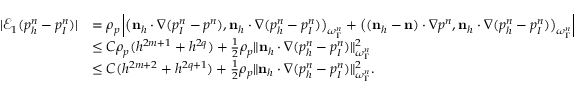
\begin{array} { r l } { | \mathcal { E } _ { 1 } ( p _ { h } ^ { n } - p _ { I } ^ { n } ) | } & { = \rho _ { p } \left| \big ( \mathbf n _ { h } \cdot \nabla ( p _ { I } ^ { n } - p ^ { n } ) , \mathbf n _ { h } \cdot \nabla ( p _ { h } ^ { n } - p _ { I } ^ { n } ) \big ) _ { \omega _ { \Gamma } ^ { n } } + \big ( ( \mathbf n _ { h } - \mathbf n ) \cdot \nabla p ^ { n } , \mathbf n _ { h } \cdot \nabla ( p _ { h } ^ { n } - p _ { I } ^ { n } ) \big ) _ { \omega _ { \Gamma } ^ { n } } \right| } \\ & { \leq C \rho _ { p } ( h ^ { 2 m + 1 } + h ^ { 2 q } ) + \frac 1 2 \rho _ { p } \| \mathbf n _ { h } \cdot \nabla ( p _ { h } ^ { n } - p _ { I } ^ { n } ) \| _ { \omega _ { \Gamma } ^ { n } } ^ { 2 } } \\ & { \leq C ( h ^ { 2 m + 2 } + h ^ { 2 q + 1 } ) + \frac 1 2 \rho _ { p } \| \mathbf n _ { h } \cdot \nabla ( p _ { h } ^ { n } - p _ { I } ^ { n } ) \| _ { \omega _ { \Gamma } ^ { n } } ^ { 2 } . } \end{array}